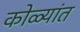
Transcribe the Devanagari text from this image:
कोळ्यांत